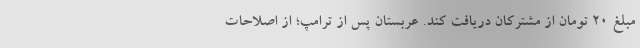
مبلغ ۲۰ تومان از مشترکان دریافت کند. عربستان پس از ترامپ؛ از اصلاحات